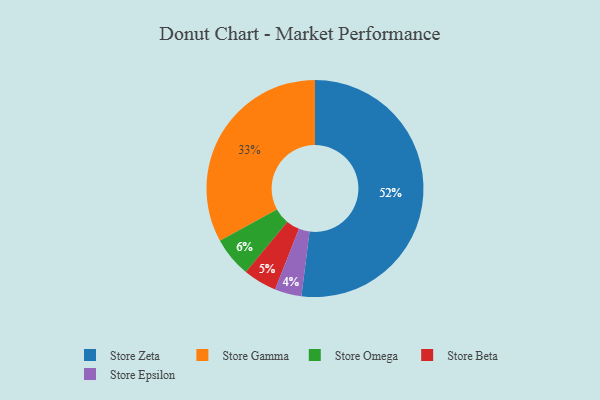
{"axis": {"x": "Category", "y": "Percentage"}, "legend": ["Store Beta", "Store Epsilon", "Store Gamma", "Store Omega", "Store Zeta"], "data": [{"x": "Store Zeta", "y": 52, "type": "Store Zeta"}, {"x": "Store Epsilon", "y": 4, "type": "Store Epsilon"}, {"x": "Store Omega", "y": 6, "type": "Store Omega"}, {"x": "Store Beta", "y": 5, "type": "Store Beta"}, {"x": "Store Gamma", "y": 33, "type": "Store Gamma"}]}